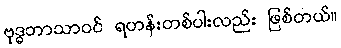
ဗုဒ္ဓဘာသာဝင် ရဟန်းတစ်ပါးလည်း ဖြစ်တယ်။